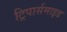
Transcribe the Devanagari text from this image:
ट्रिपार्समाइड